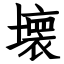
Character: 壊